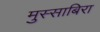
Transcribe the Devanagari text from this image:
मुस्साबिरा